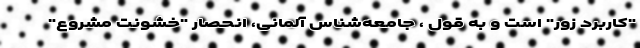
"کاربرد زور" است و به قول ، جامعه‌شناس آلمانی، انحصار "خشونت مشروع"